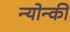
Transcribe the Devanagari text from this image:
न्योन्की